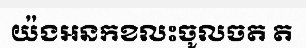
យ៉ងអនកខលះចូលចត ត